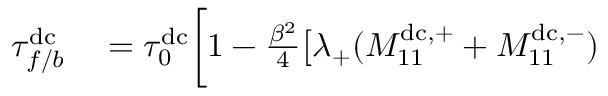
\begin{array} { r l } { \tau _ { f / b } ^ { \mathrm { d c } } } & { { } = \tau _ { 0 } ^ { \mathrm { d c } } \biggl [ 1 - \frac { \beta ^ { 2 } } { 4 } \bigl [ \lambda _ { + } ( M _ { 1 1 } ^ { \mathrm { d c } , + } + M _ { 1 1 } ^ { \mathrm { d c } , - } ) } \end{array}